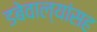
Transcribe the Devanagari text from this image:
डबेवाल्यांसह